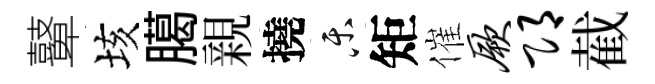
鼙垓臈親撓乐矩催厥邛截